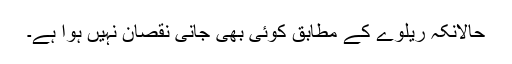
حالانکہ ریلوے کے مطابق کوئی بھی جانی نقصان نہیں ہوا ہے۔